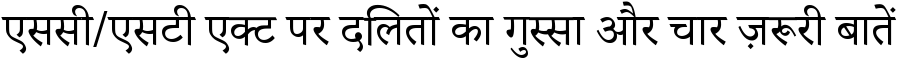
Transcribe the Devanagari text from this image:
एससी/एसटी एक्ट पर दलितों का गुस्सा और चार ज़रूरी बातें